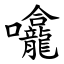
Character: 㘛